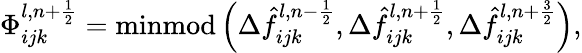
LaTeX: \Phi_{ijk}^{l,n+\frac{1}{2}}=\mathrm{minmod}\left(\Delta\hat{f}_{ijk}^{l,n-\frac{1}{2}},\Delta\hat{f}_{ijk}^{l,n+\frac{1}{2}},\Delta\hat{f}_{ijk}^{l,n+\frac{3}{2}}\right),